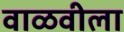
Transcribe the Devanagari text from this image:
वाळवीला